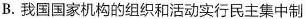
B.我国国家机构的组织和活动实行民主集中制